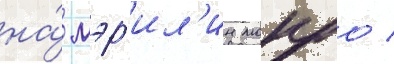
на́ мэр'ил'ин монро /